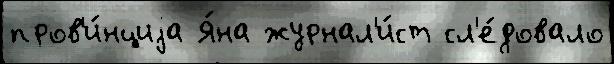
пров'и́нциjа Я́на журнал'и́ст сл'е́довало